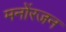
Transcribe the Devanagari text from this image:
मनोंरजन